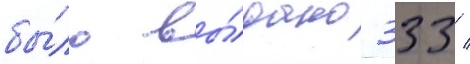
бы́ло вы́дано 333 /